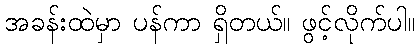
အခန်းထဲမှာ ပန်ကာ ရှိတယ်။ ဖွင့်လိုက်ပါ။